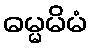
ဓမ္မမိမံ